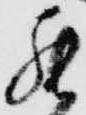
罷